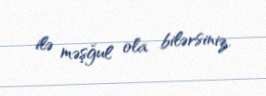
ilə məşğul ola bilərsiniz.